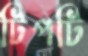
টিপটি